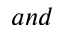
a n d